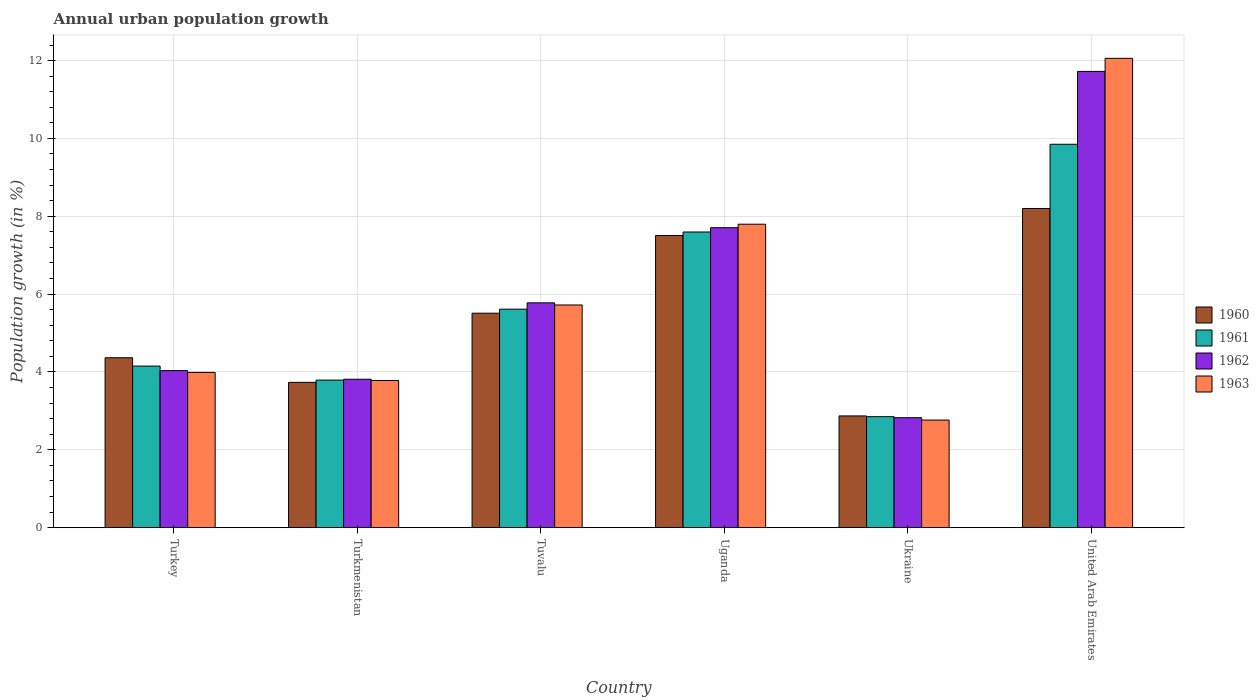
| Country | 1960 | 1961 | 1962 | 1963 |
 | --- | --- | --- | --- | --- |
 | Turkey | 4.37 | 4.15 | 4.03 | 3.99 |
 | Turkmenistan | 3.73 | 3.79 | 3.81 | 3.78 |
 | Tuvalu | 5.51 | 5.61 | 5.78 | 5.72 |
 | Uganda | 7.51 | 7.6 | 7.71 | 7.8 |
 | Ukraine | 2.87 | 2.85 | 2.82 | 2.76 |
 | United Arab Emirates | 8.2 | 9.85 | 11.7 | 12.1 |